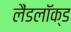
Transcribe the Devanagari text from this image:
लैंडलॉक्ड